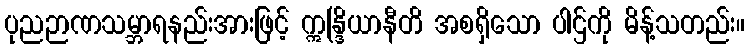
ပုညဉာဏသမ္ဘာရနည်းအားဖြင့် ဣန္ဒြိယာနီတိ အစရှိသော ပါဌ်ကို မိန့်သတည်း။